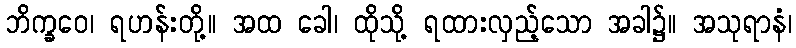
ဘိက္ခဝေ၊ ရဟန်းတို့။ အထ ခေါ၊ ထိုသို့ ရထားလှည့်သော အခါ၌။ အသုရာနံ၊